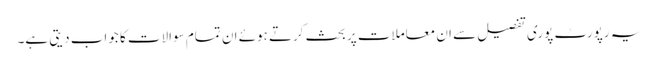
یہ رپورٹ پوری تفصیل سے ان معاملات پر بحث کرتے ہوئے ان تمام سوالات کا جواب دیتی ہے۔